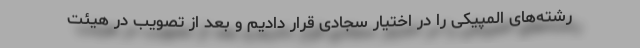
رشته‌های المپیکی را در اختیار سجادی قرار دادیم و بعد از تصویب در هیئت